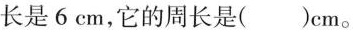
长是6cm，它的周长是()cm。